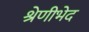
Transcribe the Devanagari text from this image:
श्रेणीभेद